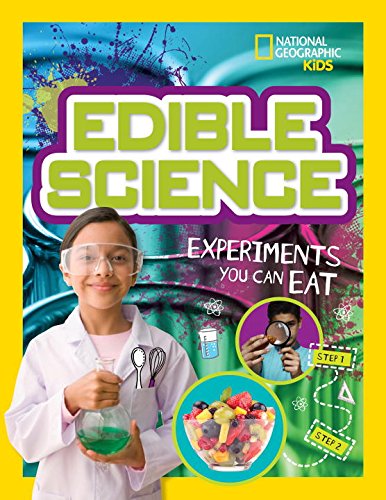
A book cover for Edible Science: Experiments You Can Eat; Jodi Wheeler-Toppen; Children's Books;